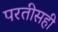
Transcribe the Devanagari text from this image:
परतीसही